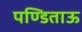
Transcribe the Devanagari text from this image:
पण्डिताऊ